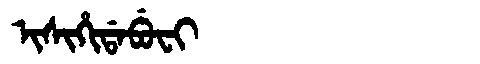
Manchu: ᡳᠰᡳᡥᡳᡩᠠᠪᡠᠸᡳ
Romanization: ISIHIDABUFI